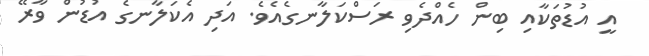
އީ އުޑުތަކާއި ބިން ހެއްދެވި ރަސްކަލާނގެއެވެ. އަދި އެކަލާނގެ އުޑުން ވާރޭ